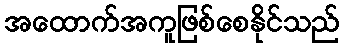
အထောက်အကူဖြစ်စေနိုင်သည်